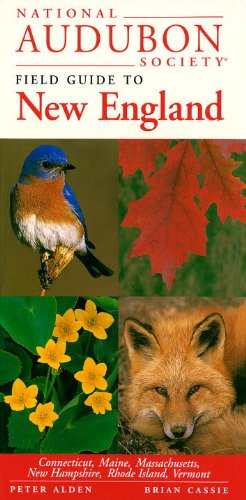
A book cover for National Audubon Society Regional Guide to New England (National Audubon Society Field Guide); NATIONAL AUDUBON SOCIETY; Science & Math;